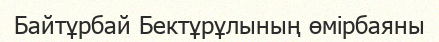
Байтұрбай Бектұрұлының өмірбаяны